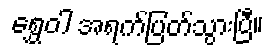
ရွှေဝါ အရက်ပြတ်သွားပြီ။